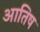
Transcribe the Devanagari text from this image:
आतिष